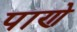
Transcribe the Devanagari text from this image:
पाणे